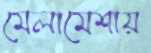
মেলামেশায়